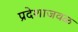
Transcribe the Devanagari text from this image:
प्रदेशाजवळ